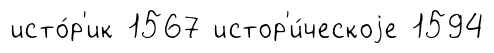
исто́р'ик 1567 истор'и́ческоjе 1594